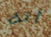
أنك